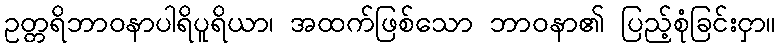
ဥတ္တရိဘာဝနာပါရိပူရိယာ၊ အထက်ဖြစ်သော ဘာဝနာ၏ ပြည့်စုံခြင်းငှာ။